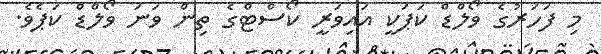
މި ފަހަރުގެ ވޯލްޑް ކަޕަކީ އައިވަރީ ކޯސްޓްގެ ތިން ވަނަ ވޯލްޑް ކަޕެވެ.